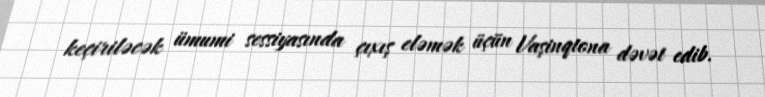
keçiriləcək ümumi sessiyasında çıxış eləmək üçün Vaşinqtona dəvət edib.